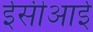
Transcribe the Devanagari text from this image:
ईसीआई